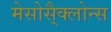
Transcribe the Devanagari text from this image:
मेसोसै्क्लोन्स